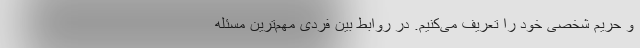
و حریم شخصی خود را تعریف می‌کنیم. در روابط بین فردی مهم‌ترین مسئله